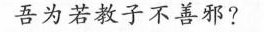
10.用现代汉语翻译下面的句子。(2分)